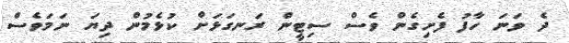
ދެ ވަނަ ހާފު ފެށިގެން ވެސް ސިޓީން ރަނގަޅަށް ކުޅެމުން ދިޔަ ނަމަވެސް